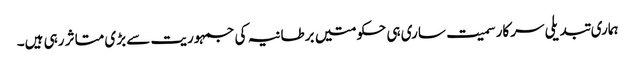
ہماری تبدیلی سرکار سمیت ساری ہی حکومتیں برطانیہ کی جمہوریت سے بڑی متاثر رہی ہیں۔